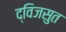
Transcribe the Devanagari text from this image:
द्विजसुत